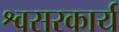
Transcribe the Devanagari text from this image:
श्वसरकार्य